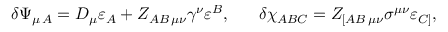
\delta \Psi _ { \mu \, A } = D _ { \mu } \varepsilon _ { A } + Z _ { A B \, \mu \nu } \gamma ^ { \nu } \varepsilon ^ { B } , \ \ \ \ \ \delta \chi _ { A B C } = Z _ { [ A B \, \mu \nu } \sigma ^ { \mu \nu } \varepsilon _ { C ] } ,